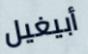
أبيغيل